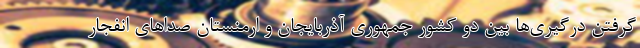
گرفتن درگیری‌ها بین دو کشور جمهوری آذربایجان و ارمنستان صداهای انفجار